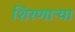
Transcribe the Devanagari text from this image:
शिरणाऱ्या